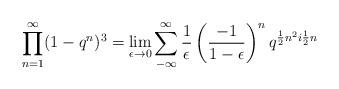
LaTeX: \begin{align*}\prod _{n=1}^{\infty} (1-q^{n})^{3} = \lim _{\epsilon \rightarrow 0}\sum _{-\infty}^{\infty} \frac{1}{\epsilon} \left( \frac{-1}{1-\epsilon}\right) ^{n}q^{\frac{1}{2} n^{2}i\frac{1}{2}n}\end{align*}